Burma Government Medical School reports 1907-22
Year: 1907
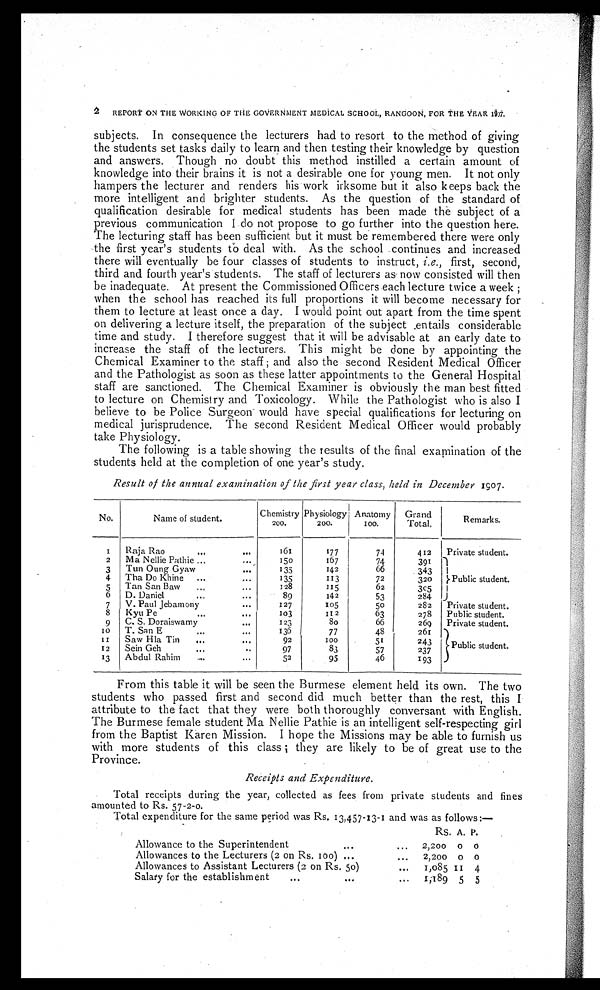
subjects. In consequence the lecturers had to resort to the method of giving
the students set tasks daily to learn and then testing their knowledge by question
and answers. Though no doubt this method instilled a certain amount of
knowledge into their brains it is not a desirable one for young men. It not only
hampers the lecturer and renders his work irksome but it also keeps back the
more intelligent and brighter students. As the question of the standard of
qualification desirable for medical students has been made the subject of a
previous communication I do not propose to go further into the question here.
The lecturing staff has been sufficient but it must be remembered there were only
the first year's students to deal with. As the school continues and increased
there will eventually be four classes of students to instruct, i.e., first, second,
third and fourth year's students. The staff of lecturers as now consisted will then
be inadequate. At present the Commissioned Officers each lecture twice a week ;
when the school has reached its full proportions it will become necessary for
them to lecture at least once a day. I would point out apart from the time spent
on delivering a lecture itself, the preparation of the subject entails considerable
time and study. I therefore suggest that it will be advisable at an early date to
increase the staff of the lecturers. This might be done by appointing the
Chemical Examiner to the staff ; and also the second Resident Medical Officer
and the Pathologist as soon as these latter appointments to the General Hospital
staff are sanctioned. The Chemical Examiner is obviously the man best fitted
to lecture on Chemistry and Toxicology. While the Pathologist who is also I
believe to be Police Surgeon would have special qualifications for lecturing on
medical jurisprudence. The second Resident Medical Officer would probably
take Physiology.
The following is a table showing the results of the final examination of the
students held at the completion of one year's study.
Result of the annual examination of the first year class, held in December 1907.
No.
Name of student.
Chemistry
200.
Physiology
200.
Anatomy
100.
Grand
Total.
Remarks.
1
Raja Rao
... ...
161
177
74
412
Private student.
2
Ma Nellie Pathie ...
. . .
150
167
74
391
Public student.
3
Tun Oung Gyaw
...
135
142
66
343
4
Tha Do Khine
...
...
135
113
72
320
5
Tan San Baw
...
128
115
62
305
6
D. Daniel
. . . ...
89
142
53
284
7
V. Paul Jebamony
...
127
105
5o
282
Private student.
8
Kyu Pe
. . . . ..
103
112
63
278
Public student.
9
C. S. Doraiswamy
. . .
123
8o
66
269
Private student.
1 0
T. San E
...
...
136
77
48
261
Public student.
1 1
Saw Hla Tin
...
...
92
100
51
243
12
Sein Geh
. . . ...
97
83
57
237
1 3
Abdul Rahim
....
...
52
95
46
193
From this table it will be seen the Burmese element held its own. The two
students who passed first and second did much better than the rest, this I
attribute to the fact that they were both thoroughly conversant with English.
The Burmese female student Ma Nellie Pathie is an intelligent self-respecting girl
from the Baptist Karen Mission. I hope the Missions may be able to furnish us
with more students of this class ; they are likely to be of great use to the
Province.
Receipts and Expenditure.
Total receipts during the year, collected as fees from private students and fines
amounted to Rs. 57-2-0.
Total expenditure for the same period was Rs. 13,457-13-1 and was as follows:—
RS. A. P.
Allowance to the Superintendent
...
2,200 0 0
Allowances to the Lecturers (2 on Rs. 100) ...
2,200 0 0
Allowances to Assistant Lecturers (2 on Rs. 50)
...
1,085 1 1 4
Salary for the establishment
...
...
...
1,189 5 5